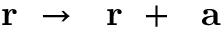
\mathrm { ~ \bf ~ r ~ } \to \mathrm { ~ \bf ~ r ~ } + \mathrm { ~ \bf ~ a ~ }